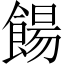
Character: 餳